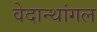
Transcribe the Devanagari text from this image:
वेदान्थांगल